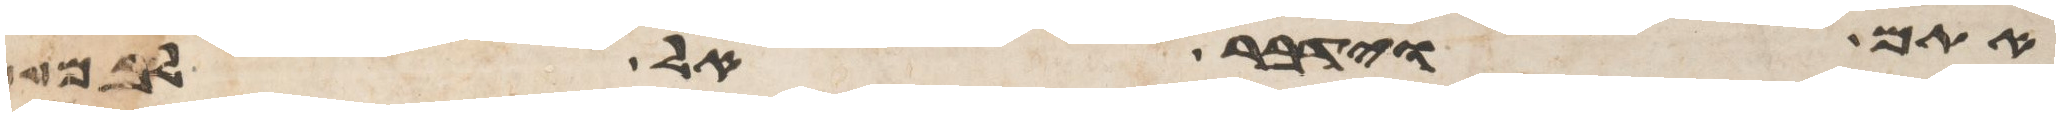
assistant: אתם וידבר אל לבם